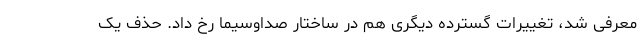
معرفی شد، تغییرات گسترده دیگری هم در ساختار صداوسیما رخ داد. حذف یک